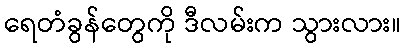
ရေတံခွန်တွေကို ဒီလမ်းက သွားလား။